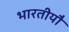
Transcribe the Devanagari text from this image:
भारतीयौं